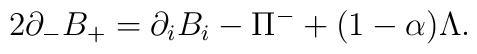
2 \partial_{-} B_{+}  = \partial_i B_i - \Pi^{-} + (1 -\alpha) \Lambda.